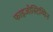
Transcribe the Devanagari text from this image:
फाइजोस्टिग्मिन